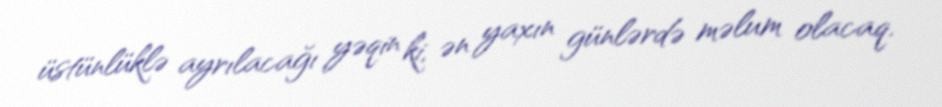
üstünlüklə ayrılacağı yəqin ki, ən yaxın günlərdə məlum olacaq.